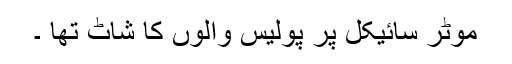
موٹر سائیکل پر پولیس والوں کا شاٹ تھا ۔